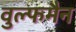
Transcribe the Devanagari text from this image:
वुल्फमैन